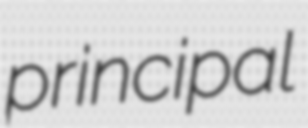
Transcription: principal